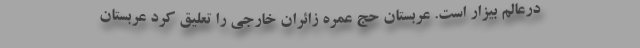
درعالم بیزار است. عربستان حج عمره زائران خارجی را تعلیق کرد عربستان